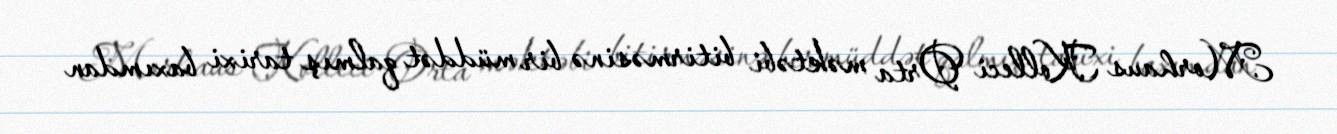
Morhaus Kolleci Orta məktəbi bitirməsinə bir müddət qalmış tarixi baxımdan